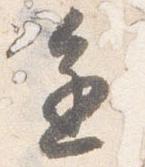
進